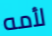
لأمه